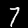
Label: 7